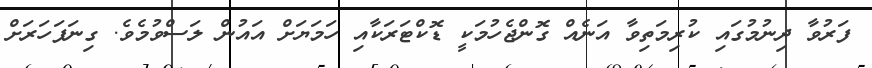
ފަރުވާ ދިނުމުގައި ކުރިމަތިވާ އަނެއް ގޮންޖެހުމަކީ ޑޮކްޓަރަކާއި ހަމަޔަށް އައުން ލަސްވުމެވެ. ގިނަފަހަރަށް